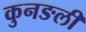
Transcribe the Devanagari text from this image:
कुनङली